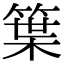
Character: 䈎